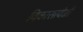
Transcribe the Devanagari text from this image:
विकासावेळी